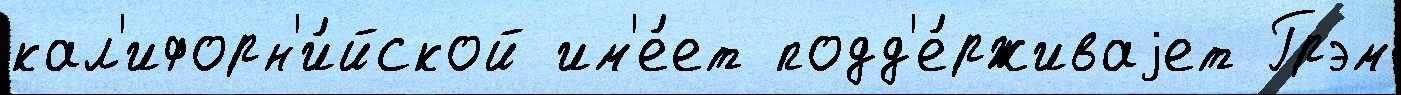
кал'ифорн'и́йской им'е́ет подд'е́рживаjет Грэм